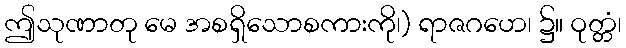
ဤသုဏာတု မေ အစရှိသောစကားကို၊) ရာဇဂဟေ၊ ၌။ ဝုတ္တံ၊